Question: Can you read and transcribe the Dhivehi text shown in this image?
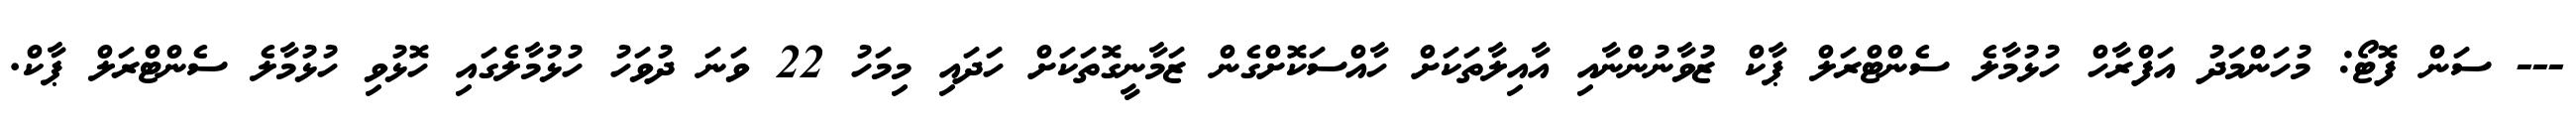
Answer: --- ސަން ފޮޓޯ: މުހަންމަދު އަފްރާހް ހުޅުމާލެ ސެންޓްރަލް ޕާކް ޒުވާނުންނާއި އާއިލާތަކަށް ހާއްސަކޮށްގެން ޒަމާނީގޮތަކަށް ހަދައި މިމަހު 22 ވަނަ ދުވަހު ހުޅުމާލެގައި ހޮޅުވި ހުޅުމާލެ ސެންޓްރަލް ޕާކް.